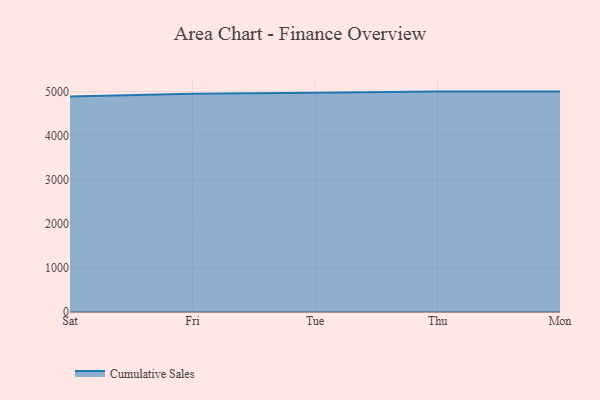
{"axis": {"x": "Day", "y": "Temperature (°C)"}, "legend": ["Cumulative Sales"], "data": [{"x": "Sat", "y": 4890.5, "type": "Cumulative Sales"}, {"x": "Fri", "y": 4950.5, "type": "Cumulative Sales"}, {"x": "Tue", "y": 4974.0, "type": "Cumulative Sales"}, {"x": "Thu", "y": 5000, "type": "Cumulative Sales"}, {"x": "Mon", "y": 5000, "type": "Cumulative Sales"}]}